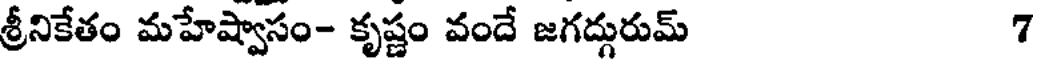
శ్రీనికేతం మహేష్వాసం- కృష్ణం వందే జగద్గురుమ్ 7